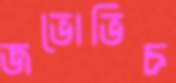
জভোভিচ